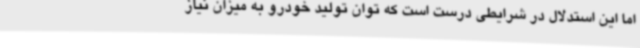
اما این استدلال در شرایطی درست است که توان تولید خودرو به میزان نیاز